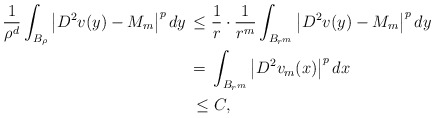
\begin{align*}\frac{1}{\rho^d}\int_{B_\rho}\left|D^2v(y)-M_m\right|^pdy\,&\le \dfrac{1}{r} \cdot \dfrac{1}{r^m} \int_{B_{r^m}}\left|D^2v(y)-M_m\right|^p {dy} \\&=\,\int_{B_{r^m}}\left|D^2v_m(x)\right|^pdx\\&\,\leq C,\end{align*}